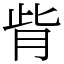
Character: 𦙼